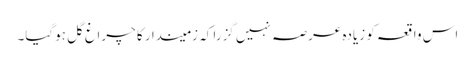
اس واقعہ کو زیادہ عرصہ نہیں گزرا کہ زمیندا ر کا چراغ گل ہوگیا۔